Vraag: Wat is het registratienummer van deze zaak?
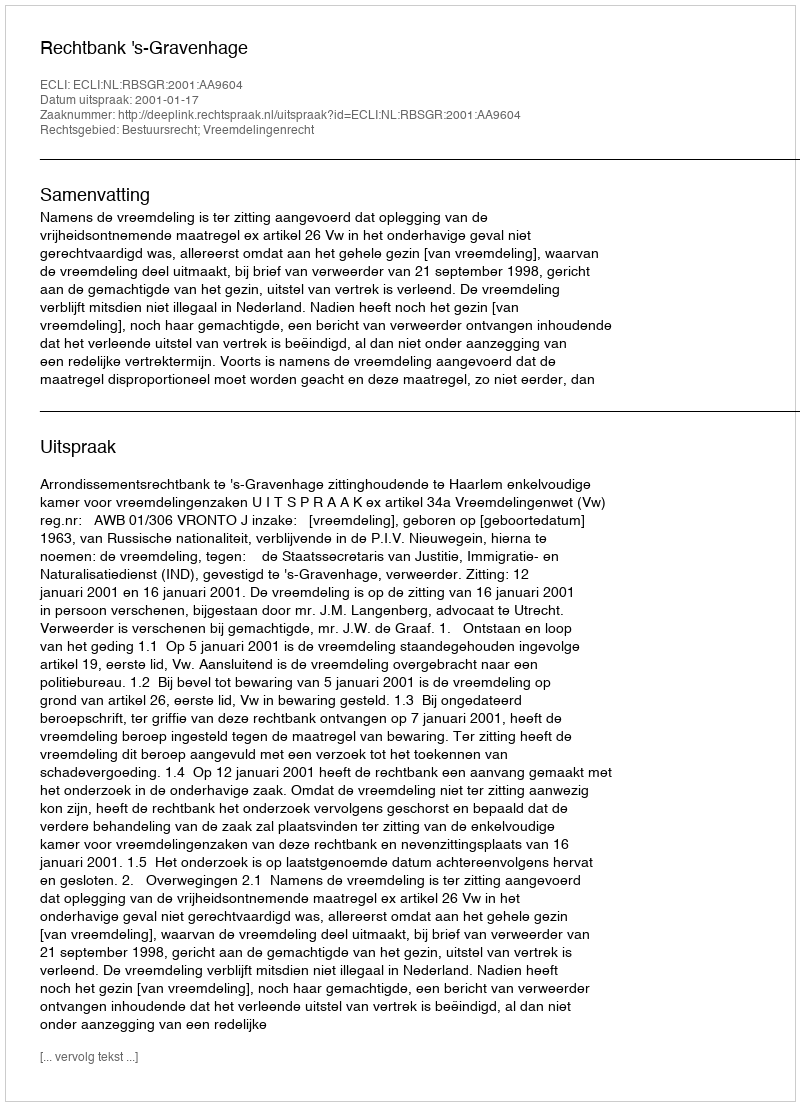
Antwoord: http://deeplink.rechtspraak.nl/uitspraak?id=ECLI:NL:RBSGR:2001:AA9604